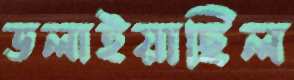
ডলাইয়াছিল